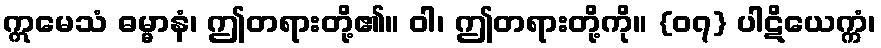
ဣမေသံ ဓမ္မာနံ၊ ဤတရားတို့၏။ ဝါ၊ ဤတရားတို့ကို။ {၀၇} ပါဋိယေက္ကံ၊